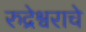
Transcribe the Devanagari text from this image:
रुद्रेश्वराचे